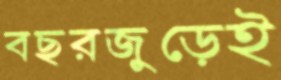
বছরজুড়েই